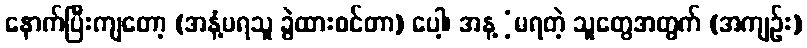
နောက်ပြီးကျတော့ (အနံ့မရသူ ခွဲထားစင်တာ) ပေါ့၊ အန့ံ့မရတဲ့ သူတွေအတွက် (အကျဉ်း)